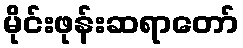
မိုင်းဖုန်းဆရာတော်